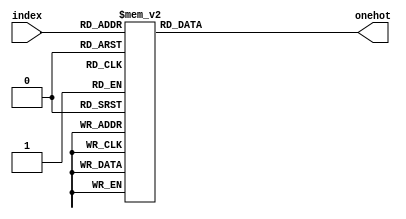
module decoder7to128 (index, onehot);
input [6:0] index;
output reg [127:0] onehot;

always @(index) begin
    case (index)
7'd0 : onehot = 128'b1;
7'd1 : onehot = 128'b10;
7'd2 : onehot = 128'b100;
7'd3 : onehot = 128'b1000;
7'd4 : onehot = 128'b10000;
7'd5 : onehot = 128'b100000;
7'd6 : onehot = 128'b1000000;
7'd7 : onehot = 128'b10000000;
7'd8 : onehot = 128'b100000000;
7'd9 : onehot = 128'b1000000000;
7'd10 : onehot = 128'b10000000000;
7'd11 : onehot = 128'b100000000000;
7'd12 : onehot = 128'b1000000000000;
7'd13 : onehot = 128'b10000000000000;
7'd14 : onehot = 128'b100000000000000;
7'd15 : onehot = 128'b1000000000000000;
7'd16 : onehot = 128'b10000000000000000;
7'd17 : onehot = 128'b100000000000000000;
7'd18 : onehot = 128'b1000000000000000000;
7'd19 : onehot = 128'b10000000000000000000;
7'd20 : onehot = 128'b100000000000000000000;
7'd21 : onehot = 128'b1000000000000000000000;
7'd22 : onehot = 128'b10000000000000000000000;
7'd23 : onehot = 128'b100000000000000000000000;
7'd24 : onehot = 128'b1000000000000000000000000;
7'd25 : onehot = 128'b10000000000000000000000000;
7'd26 : onehot = 128'b100000000000000000000000000;
7'd27 : onehot = 128'b1000000000000000000000000000;
7'd28 : onehot = 128'b10000000000000000000000000000;
7'd29 : onehot = 128'b100000000000000000000000000000;
7'd30 : onehot = 128'b1000000000000000000000000000000;
7'd31 : onehot = 128'b10000000000000000000000000000000;
7'd32 : onehot = 128'b100000000000000000000000000000000;
7'd33 : onehot = 128'b1000000000000000000000000000000000;
7'd34 : onehot = 128'b10000000000000000000000000000000000;
7'd35 : onehot = 128'b100000000000000000000000000000000000;
7'd36 : onehot = 128'b1000000000000000000000000000000000000;
7'd37 : onehot = 128'b10000000000000000000000000000000000000;
7'd38 : onehot = 128'b100000000000000000000000000000000000000;
7'd39 : onehot = 128'b1000000000000000000000000000000000000000;
7'd40 : onehot = 128'b10000000000000000000000000000000000000000;
7'd41 : onehot = 128'b100000000000000000000000000000000000000000;
7'd42 : onehot = 128'b1000000000000000000000000000000000000000000;
7'd43 : onehot = 128'b10000000000000000000000000000000000000000000;
7'd44 : onehot = 128'b100000000000000000000000000000000000000000000;
7'd45 : onehot = 128'b1000000000000000000000000000000000000000000000;
7'd46 : onehot = 128'b10000000000000000000000000000000000000000000000;
7'd47 : onehot = 128'b100000000000000000000000000000000000000000000000;
7'd48 : onehot = 128'b1000000000000000000000000000000000000000000000000;
7'd49 : onehot = 128'b10000000000000000000000000000000000000000000000000;
7'd50 : onehot = 128'b100000000000000000000000000000000000000000000000000;
7'd51 : onehot = 128'b1000000000000000000000000000000000000000000000000000;
7'd52 : onehot = 128'b10000000000000000000000000000000000000000000000000000;
7'd53 : onehot = 128'b100000000000000000000000000000000000000000000000000000;
7'd54 : onehot = 128'b1000000000000000000000000000000000000000000000000000000;
7'd55 : onehot = 128'b10000000000000000000000000000000000000000000000000000000;
7'd56 : onehot = 128'b100000000000000000000000000000000000000000000000000000000;
7'd57 : onehot = 128'b1000000000000000000000000000000000000000000000000000000000;
7'd58 : onehot = 128'b10000000000000000000000000000000000000000000000000000000000;
7'd59 : onehot = 128'b100000000000000000000000000000000000000000000000000000000000;
7'd60 : onehot = 128'b1000000000000000000000000000000000000000000000000000000000000;
7'd61 : onehot = 128'b10000000000000000000000000000000000000000000000000000000000000;
7'd62 : onehot = 128'b100000000000000000000000000000000000000000000000000000000000000;
7'd63 : onehot = 128'b1000000000000000000000000000000000000000000000000000000000000000;
7'd64 : onehot = 128'b10000000000000000000000000000000000000000000000000000000000000000;
7'd65 : onehot = 128'b100000000000000000000000000000000000000000000000000000000000000000;
7'd66 : onehot = 128'b1000000000000000000000000000000000000000000000000000000000000000000;
7'd67 : onehot = 128'b10000000000000000000000000000000000000000000000000000000000000000000;
7'd68 : onehot = 128'b100000000000000000000000000000000000000000000000000000000000000000000;
7'd69 : onehot = 128'b1000000000000000000000000000000000000000000000000000000000000000000000;
7'd70 : onehot = 128'b10000000000000000000000000000000000000000000000000000000000000000000000;
7'd71 : onehot = 128'b100000000000000000000000000000000000000000000000000000000000000000000000;
7'd72 : onehot = 128'b1000000000000000000000000000000000000000000000000000000000000000000000000;
7'd73 : onehot = 128'b10000000000000000000000000000000000000000000000000000000000000000000000000;
7'd74 : onehot = 128'b100000000000000000000000000000000000000000000000000000000000000000000000000;
7'd75 : onehot = 128'b1000000000000000000000000000000000000000000000000000000000000000000000000000;
7'd76 : onehot = 128'b10000000000000000000000000000000000000000000000000000000000000000000000000000;
7'd77 : onehot = 128'b100000000000000000000000000000000000000000000000000000000000000000000000000000;
7'd78 : onehot = 128'b1000000000000000000000000000000000000000000000000000000000000000000000000000000;
7'd79 : onehot = 128'b10000000000000000000000000000000000000000000000000000000000000000000000000000000;
7'd80 : onehot = 128'b100000000000000000000000000000000000000000000000000000000000000000000000000000000;
7'd81 : onehot = 128'b1000000000000000000000000000000000000000000000000000000000000000000000000000000000;
7'd82 : onehot = 128'b10000000000000000000000000000000000000000000000000000000000000000000000000000000000;
7'd83 : onehot = 128'b100000000000000000000000000000000000000000000000000000000000000000000000000000000000;
7'd84 : onehot = 128'b1000000000000000000000000000000000000000000000000000000000000000000000000000000000000;
7'd85 : onehot = 128'b10000000000000000000000000000000000000000000000000000000000000000000000000000000000000;
7'd86 : onehot = 128'b100000000000000000000000000000000000000000000000000000000000000000000000000000000000000;
7'd87 : onehot = 128'b1000000000000000000000000000000000000000000000000000000000000000000000000000000000000000;
7'd88 : onehot = 128'b10000000000000000000000000000000000000000000000000000000000000000000000000000000000000000;
7'd89 : onehot = 128'b100000000000000000000000000000000000000000000000000000000000000000000000000000000000000000;
7'd90 : onehot = 128'b1000000000000000000000000000000000000000000000000000000000000000000000000000000000000000000;
7'd91 : onehot = 128'b10000000000000000000000000000000000000000000000000000000000000000000000000000000000000000000;
7'd92 : onehot = 128'b100000000000000000000000000000000000000000000000000000000000000000000000000000000000000000000;
7'd93 : onehot = 128'b1000000000000000000000000000000000000000000000000000000000000000000000000000000000000000000000;
7'd94 : onehot = 128'b10000000000000000000000000000000000000000000000000000000000000000000000000000000000000000000000;
7'd95 : onehot = 128'b100000000000000000000000000000000000000000000000000000000000000000000000000000000000000000000000;
7'd96 : onehot = 128'b1000000000000000000000000000000000000000000000000000000000000000000000000000000000000000000000000;
7'd97 : onehot = 128'b10000000000000000000000000000000000000000000000000000000000000000000000000000000000000000000000000;
7'd98 : onehot = 128'b100000000000000000000000000000000000000000000000000000000000000000000000000000000000000000000000000;
7'd99 : onehot = 128'b1000000000000000000000000000000000000000000000000000000000000000000000000000000000000000000000000000;
7'd100 : onehot = 128'b10000000000000000000000000000000000000000000000000000000000000000000000000000000000000000000000000000;
7'd101 : onehot = 128'b100000000000000000000000000000000000000000000000000000000000000000000000000000000000000000000000000000;
7'd102 : onehot = 128'b1000000000000000000000000000000000000000000000000000000000000000000000000000000000000000000000000000000;
7'd103 : onehot = 128'b10000000000000000000000000000000000000000000000000000000000000000000000000000000000000000000000000000000;
7'd104 : onehot = 128'b100000000000000000000000000000000000000000000000000000000000000000000000000000000000000000000000000000000;
7'd105 : onehot = 128'b1000000000000000000000000000000000000000000000000000000000000000000000000000000000000000000000000000000000;
7'd106 : onehot = 128'b10000000000000000000000000000000000000000000000000000000000000000000000000000000000000000000000000000000000;
7'd107 : onehot = 128'b100000000000000000000000000000000000000000000000000000000000000000000000000000000000000000000000000000000000;
7'd108 : onehot = 128'b1000000000000000000000000000000000000000000000000000000000000000000000000000000000000000000000000000000000000;
7'd109 : onehot = 128'b10000000000000000000000000000000000000000000000000000000000000000000000000000000000000000000000000000000000000;
7'd110 : onehot = 128'b100000000000000000000000000000000000000000000000000000000000000000000000000000000000000000000000000000000000000;
7'd111 : onehot = 128'b1000000000000000000000000000000000000000000000000000000000000000000000000000000000000000000000000000000000000000;
7'd112 : onehot = 128'b10000000000000000000000000000000000000000000000000000000000000000000000000000000000000000000000000000000000000000;
7'd113 : onehot = 128'b100000000000000000000000000000000000000000000000000000000000000000000000000000000000000000000000000000000000000000;
7'd114 : onehot = 128'b1000000000000000000000000000000000000000000000000000000000000000000000000000000000000000000000000000000000000000000;
7'd115 : onehot = 128'b10000000000000000000000000000000000000000000000000000000000000000000000000000000000000000000000000000000000000000000;
7'd116 : onehot = 128'b100000000000000000000000000000000000000000000000000000000000000000000000000000000000000000000000000000000000000000000;
7'd117 : onehot = 128'b1000000000000000000000000000000000000000000000000000000000000000000000000000000000000000000000000000000000000000000000;
7'd118 : onehot = 128'b10000000000000000000000000000000000000000000000000000000000000000000000000000000000000000000000000000000000000000000000;
7'd119 : onehot = 128'b100000000000000000000000000000000000000000000000000000000000000000000000000000000000000000000000000000000000000000000000;
7'd120 : onehot = 128'b1000000000000000000000000000000000000000000000000000000000000000000000000000000000000000000000000000000000000000000000000;
7'd121 : onehot = 128'b10000000000000000000000000000000000000000000000000000000000000000000000000000000000000000000000000000000000000000000000000;
7'd122 : onehot = 128'b100000000000000000000000000000000000000000000000000000000000000000000000000000000000000000000000000000000000000000000000000;
7'd123 : onehot = 128'b1000000000000000000000000000000000000000000000000000000000000000000000000000000000000000000000000000000000000000000000000000;
7'd124 : onehot = 128'b10000000000000000000000000000000000000000000000000000000000000000000000000000000000000000000000000000000000000000000000000000;
7'd125 : onehot = 128'b100000000000000000000000000000000000000000000000000000000000000000000000000000000000000000000000000000000000000000000000000000;
7'd126 : onehot = 128'b1000000000000000000000000000000000000000000000000000000000000000000000000000000000000000000000000000000000000000000000000000000;
default : onehot = 128'b10000000000000000000000000000000000000000000000000000000000000000000000000000000000000000000000000000000000000000000000000000000;
endcase

end


endmodule